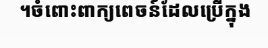
។ចំពោះពាក្យពេចន៍ដែលប្រើក្នុង